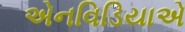
એનવિડિયાએ